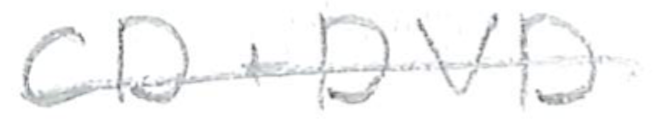
Text: CD+DVD
Cross-out: mix
Writing tool: pencil